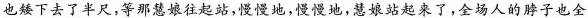
也矮下去了半尺,等那慧娘往起站,慢慢地,慢慢地,慧娘站起来了,全场人的脖子也全